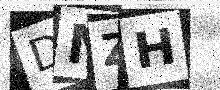
Text: DNZH